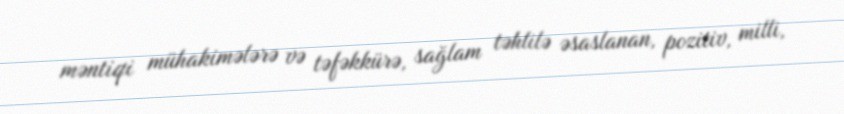
məntiqi mühakimələrə və təfəkkürə, sağlam təhlilə əsaslanan, pozitiv, milli,